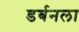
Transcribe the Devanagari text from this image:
डर्बनला